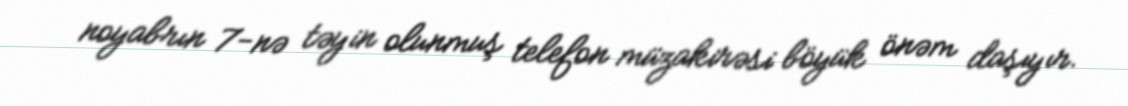
noyabrın 7-nə təyin olunmuş telefon müzakirəsi böyük önəm daşıyır.